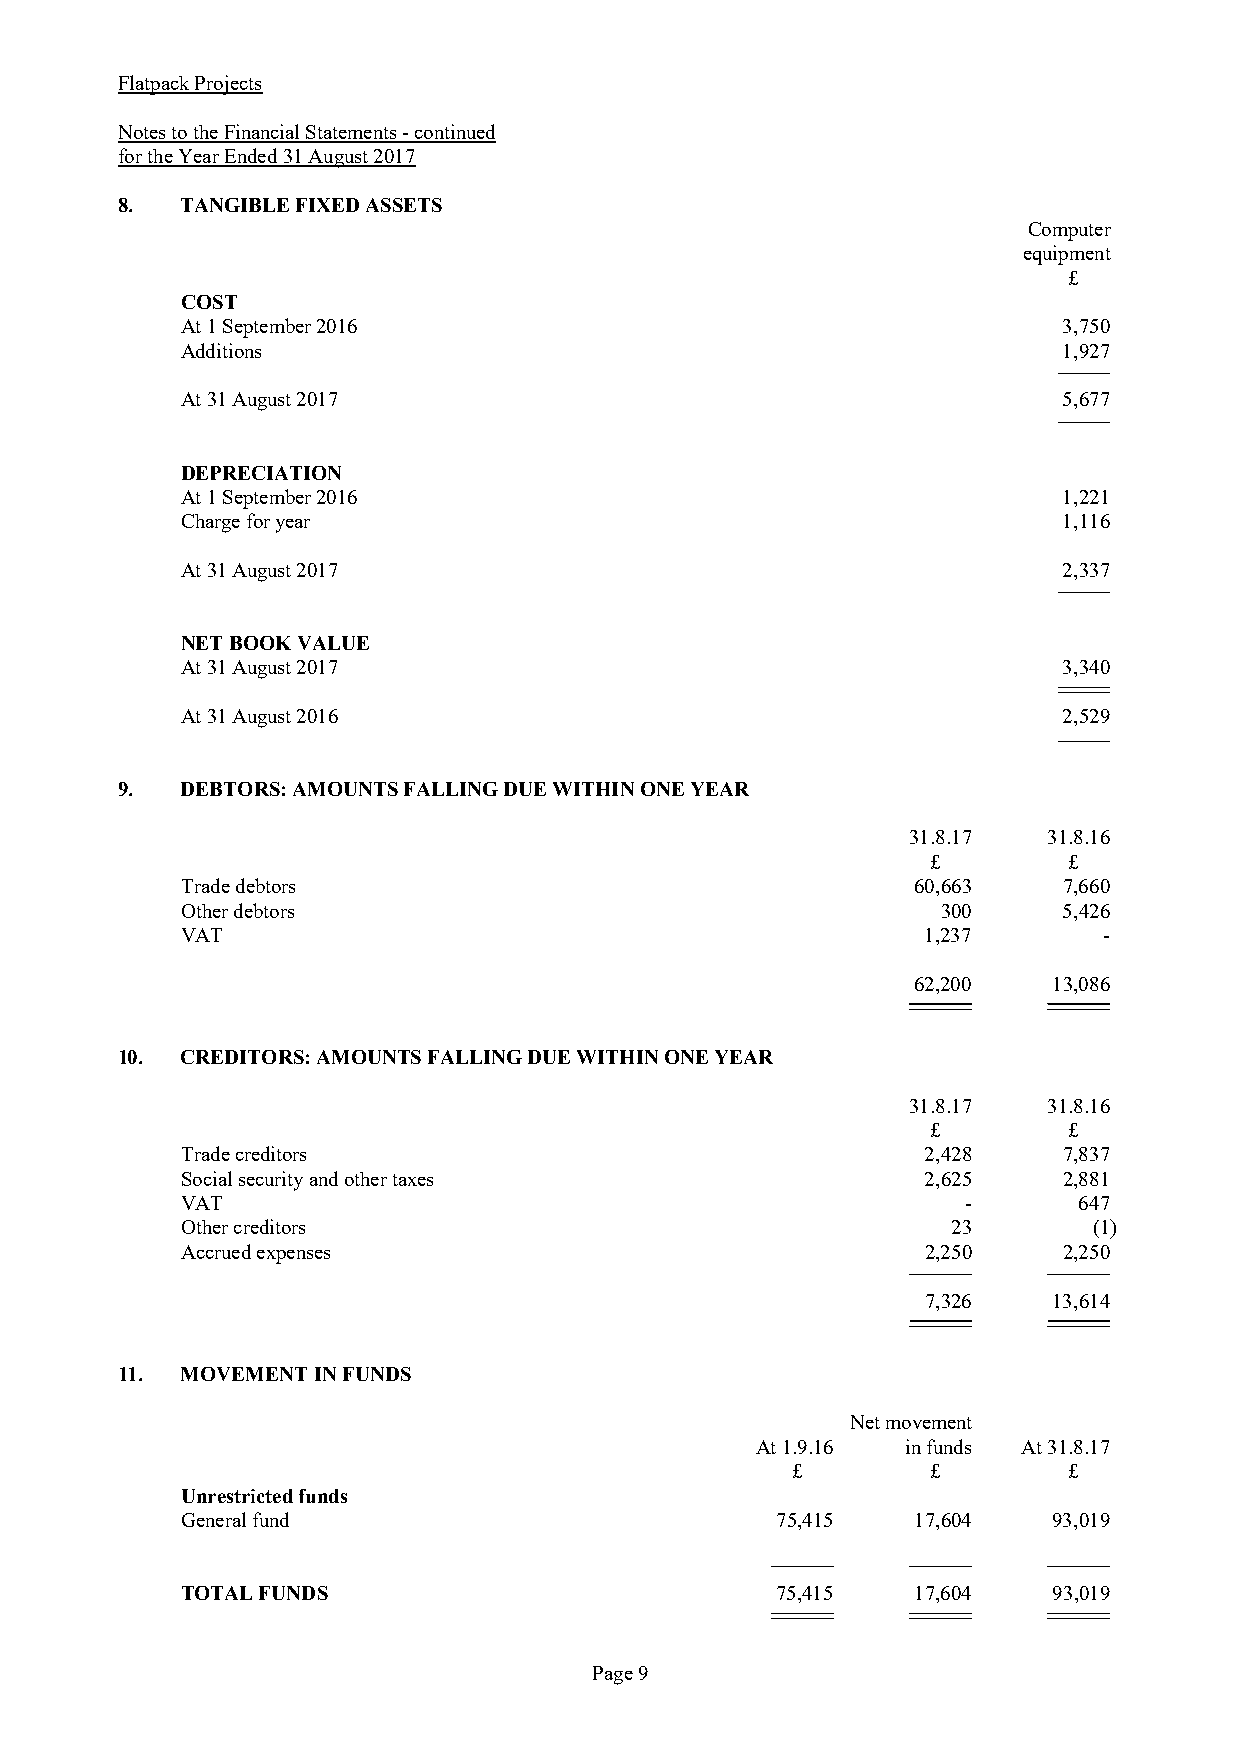
Flatpack Projects
 Notes to the Financial Statements - continued
 for the Year Ended 31 August 2017
 8.  TANGIBLE FIXED ASSETS
 Computer
 equipment
 £
 COST
 At 1 September 2016                                       3,750
 Additions                                                 1,927
 At 31 August 2017                                         5,677
 DEPRECIATION
 At 1 September 2016                                       1,221
 Charge for year                                           1,116
 At 31 August 2017                                         2,337
 NET BOOK VALUE
 At 31 August 2017                                         3,340
 At 31 August 2016                                         2,529
 9.  DEBTORS: AMOUNTS FALLING DUE WITHIN ONE YEAR
 31.8.17  31.8.16
 £        £
 Trade debtors                                   60,663    7,660
 Other debtors                                     300     5,426
 VAT                                              1,237       -
 62,200    13,086
 10. CREDITORS: AMOUNTS FALLING DUE WITHIN ONE YEAR
 31.8.17  31.8.16
 £        £
 Trade creditors                                  2,428    7,837
 Social security and other taxes                  2,625    2,881
 VAT                                                 -      647
 Other creditors                                    23       (1)
 Accrued expenses                                 2,250    2,250
 7,326    13,614
 11. MOVEMENT IN FUNDS
 Net movement
 At 1.9.16 in funds At 31.8.17
 £         £        £
 Unrestricted funds
 General fund                           75,415    17,604   93,019
 TOTAL FUNDS                            75,415   17,604    93,019
 Page 9